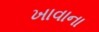
ખાવાના